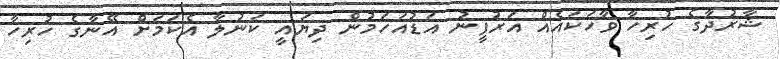
ޝާރުދާގެ ހުރިހާ ވާހަކައެއް އަރުފީނު އަޑުއަހަމުން ދިޔައީ ކަނުލާ އެކަމަށް އޭނާގެ ހުރިހާ